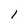
Character: l